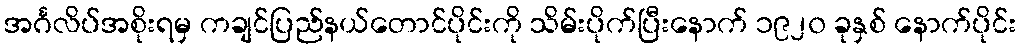
အင်္ဂလိပ်အစိုးရမှ ကချင်ပြည်နယ်တောင်ပိုင်းကို သိမ်းပိုက်ပြီးနောက် ၁၉၂၀ ခုနှစ် နောက်ပိုင်း